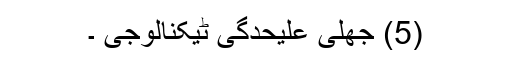
(5) جھلی علیحدگی ٹیکنالوجی ۔